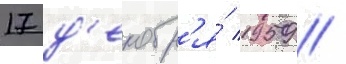
17 д'екабр'я́ 1959 /